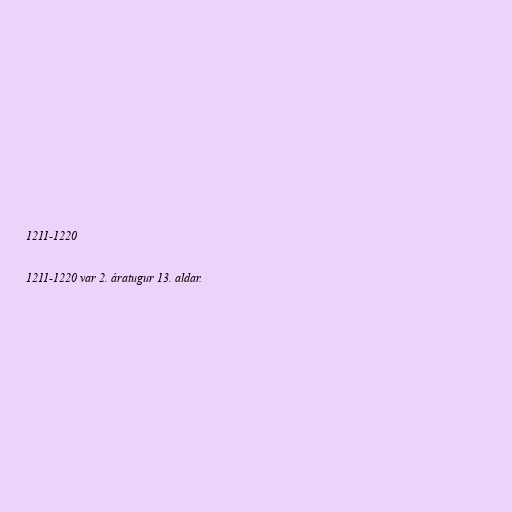
1211-1220

1211-1220 var 2. áratugur 13. aldar.